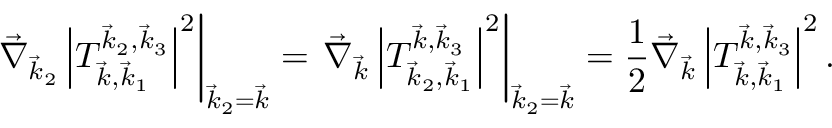
\left. \vec { \nabla } _ { \vec { k } _ { 2 } } \left| T _ { \vec { k } , \vec { k } _ { 1 } } ^ { \vec { k } _ { 2 } , \vec { k } _ { 3 } } \right| ^ { 2 } \right| _ { \vec { k } _ { 2 } = \vec { k } } = \left. \vec { \nabla } _ { \vec { k } } \left| T _ { \vec { k } _ { 2 } , \vec { k } _ { 1 } } ^ { \vec { k } , \vec { k } _ { 3 } } \right| ^ { 2 } \right| _ { \vec { k } _ { 2 } = \vec { k } } = \frac { 1 } { 2 } \vec { \nabla } _ { \vec { k } } \left| T _ { \vec { k } , \vec { k } _ { 1 } } ^ { \vec { k } , \vec { k } _ { 3 } } \right| ^ { 2 } .